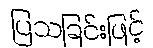
ပြသခြင်းဖြင့်